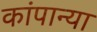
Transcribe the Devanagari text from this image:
कांपान्या